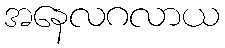
အနေလဂလာယ